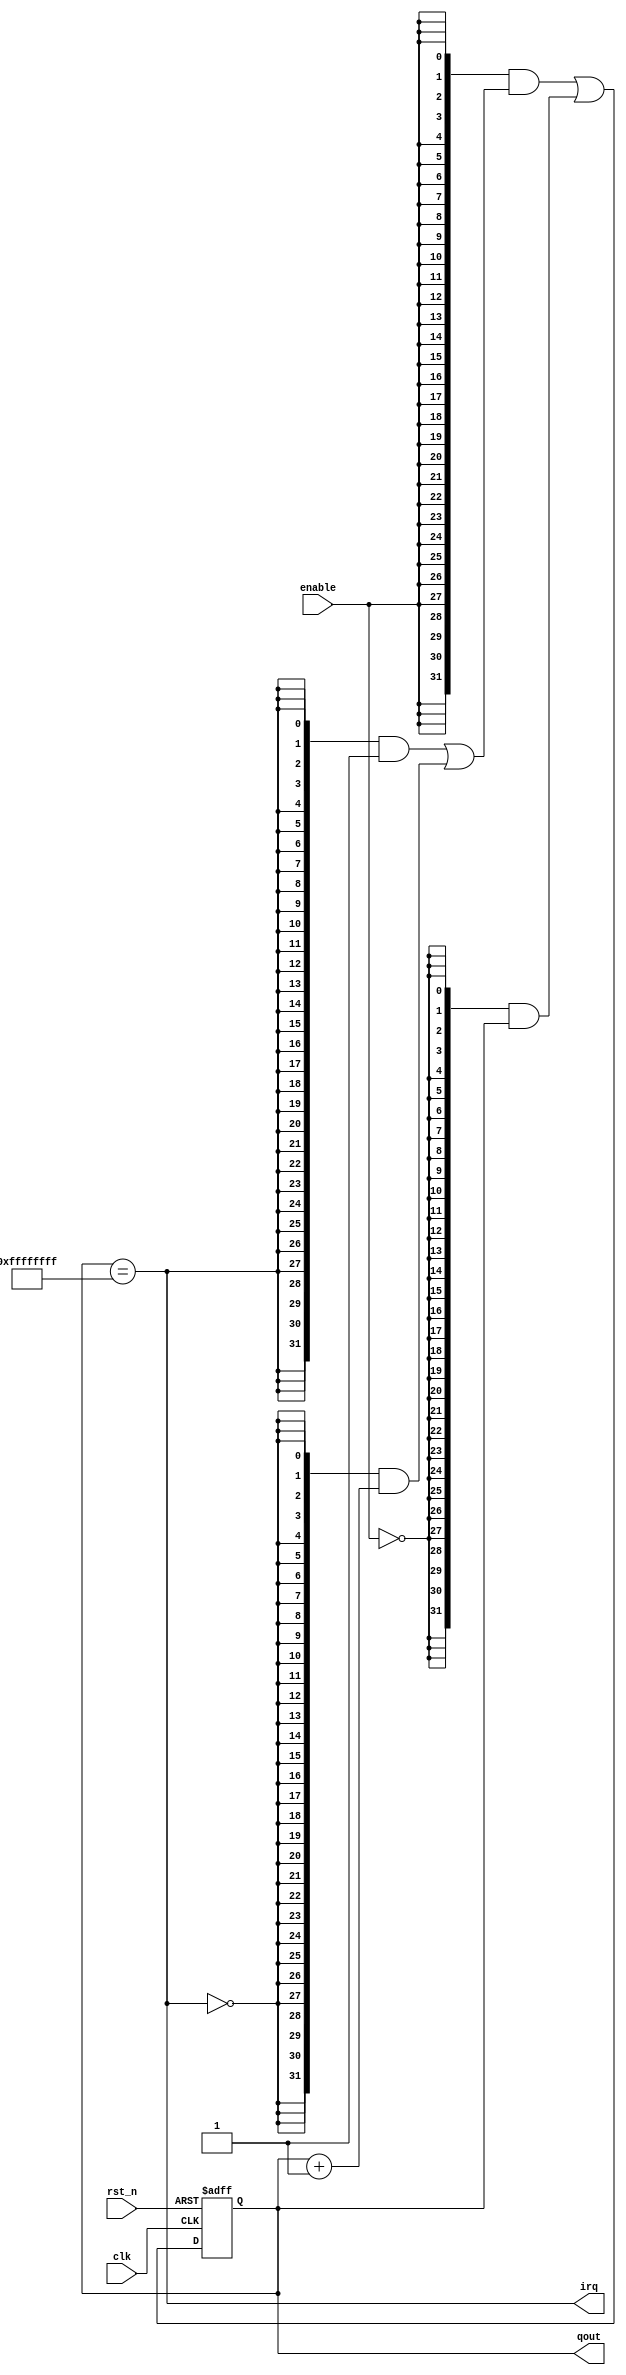
module timer # (
  parameter DW = 32,
  parameter MAX = 32'hffffffff
) (
  input           enable,
  output [DW-1:0] qout,
  output          irq,
  input           clk,
  input           rst_n
);

localparam addend = {{(DW-1){1'b0}}, 1'b1};

reg [DW-1:0] cnt;
wire [DW-1:0] cnt_added;
wire [DW-1:0] cnt_next;

assign irq = cnt == MAX;

assign cnt_added =
    ({DW{ irq}} & addend)
  | ({DW{~irq}} & (cnt + addend));

assign cnt_next =
    ({DW{ enable}} & cnt_added)
  | ({DW{~enable}} & cnt);

always @(posedge clk or negedge rst_n) begin
  if (rst_n == 1'b0)
    cnt <= {DW{1'b0}};
  else
    cnt <= cnt_next;
end

assign qout = cnt;

endmodule